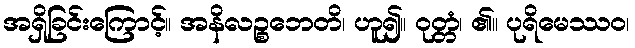
အရှိခြင်းကြောင့်။ အနိလဉ္စဘေတိ၊ ဟူ၍။ ဝုတ္တံ၊ ၏။ ပုရိမေဿဝ၊